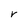
Character: r